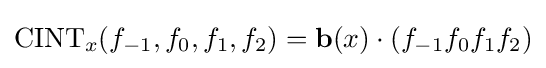
\mathrm {CINT} _{x}(f_{-1},f_{0},f_{1},f_{2})=\mathbf {b} (x)\cdot \left(f_{-1}f_{0}f_{1}f_{2}\right)